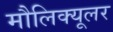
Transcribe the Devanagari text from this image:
मौलिक्यूलर